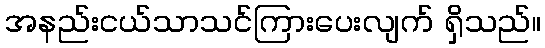
အနည်းငယ်သာသင်ကြားပေးလျက် ရှိသည်။